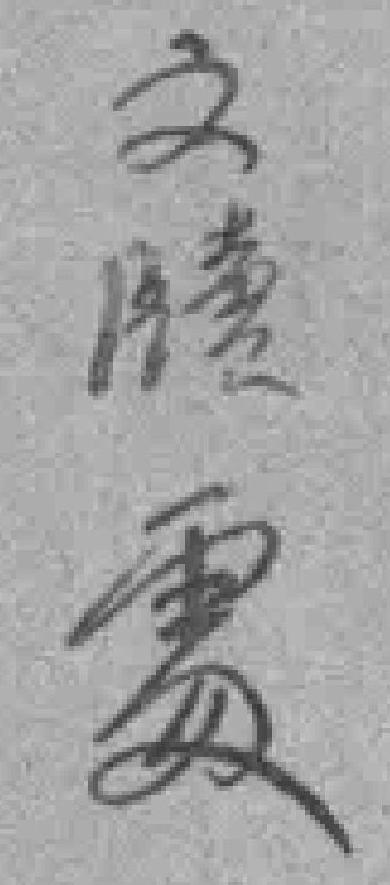
文*處